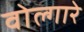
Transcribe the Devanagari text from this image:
वोल्गारे